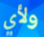
ولأي